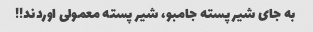
به جای شیر پسته جامبو، شیر پسته معمولی اوردند!!